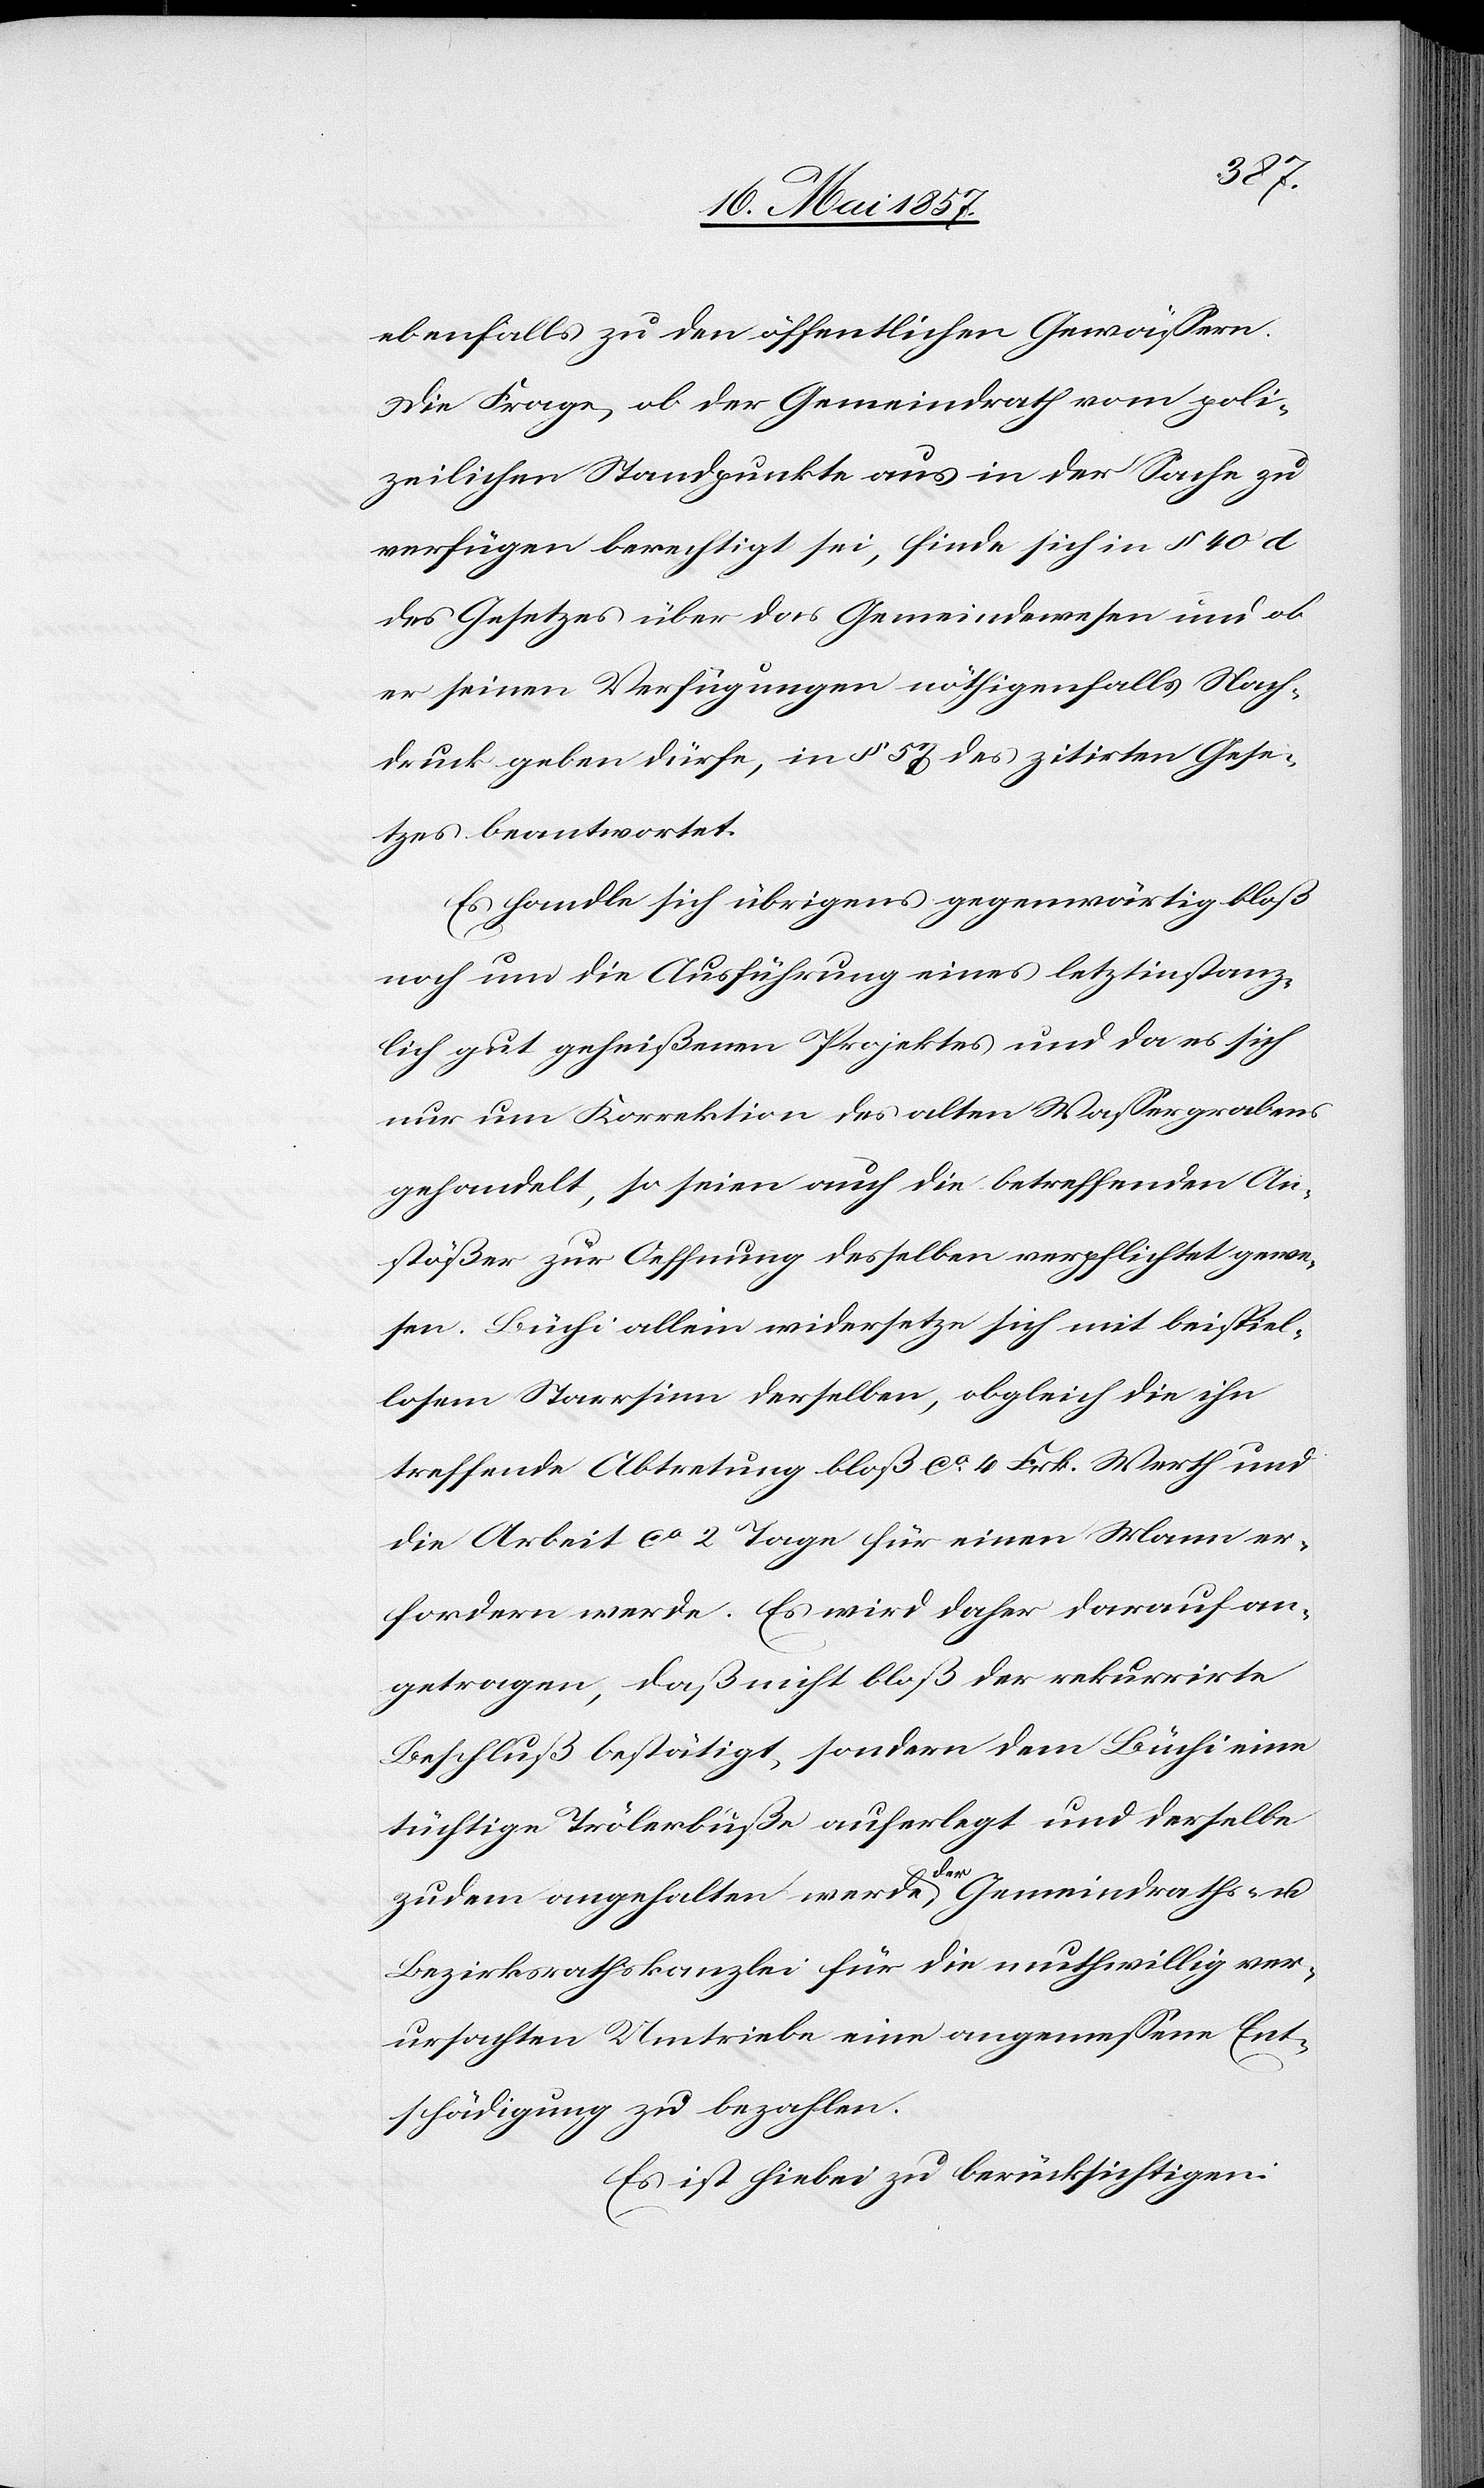
ebenfalls zu den öffentlichen Gewässern.
Die Frage, ob der Gemeindrath vom poli¬
zeilichen Standpunkte aus in der Sache zu
verfügen berechtigt sei, finde sich in § 40 d
des Gesetzes über das Gemeindewesen und ob
er seinen Verfügungen nöthigenfalls Nach¬
druck geben dürfe, in § 57 des zitirten Gese¬
tzes beantwortet.
Es handle sich übrigens gegenwärtig bloß
noch um die Ausführung eines letztinstanz¬
lich gut geheißenen Projektes und da es sich
nur um Korrektion des alten Wassergrabens
gehandelt, so seien auch die betreffenden An¬
stößer zur Oeffnung desselben verpflichtet gewe¬
sen. Büchi allein widersetze sich mit beispiel¬
losem Starrsinn derselben, obgleich die ihn
treffende Abtretung bloß ca 4 Frk. Werth und
die Arbeit ca 2 Tage für einen Mann er¬
fordern werde. Es wird daher darauf an¬
getragen, daß nicht bloß der rekurrirte
Beschluß bestätigt, sondern dem Büchi eine
tüchtige Trölerbuße auferlegt und derselbe
be¬
zudem angehalten werde der Gemeindraths-
Bezirksrathskanzlei für die muthwillig ver¬
ursachten Umtriebe eine angemessene Ent¬
schädigung zu bezahlen.
Es ist hiebei zu berücksichtigen: